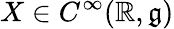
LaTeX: X\in C^{\infty}(\mathbb{R},{\mathfrak{g}})